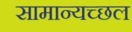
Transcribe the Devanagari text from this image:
सामान्यच्छल